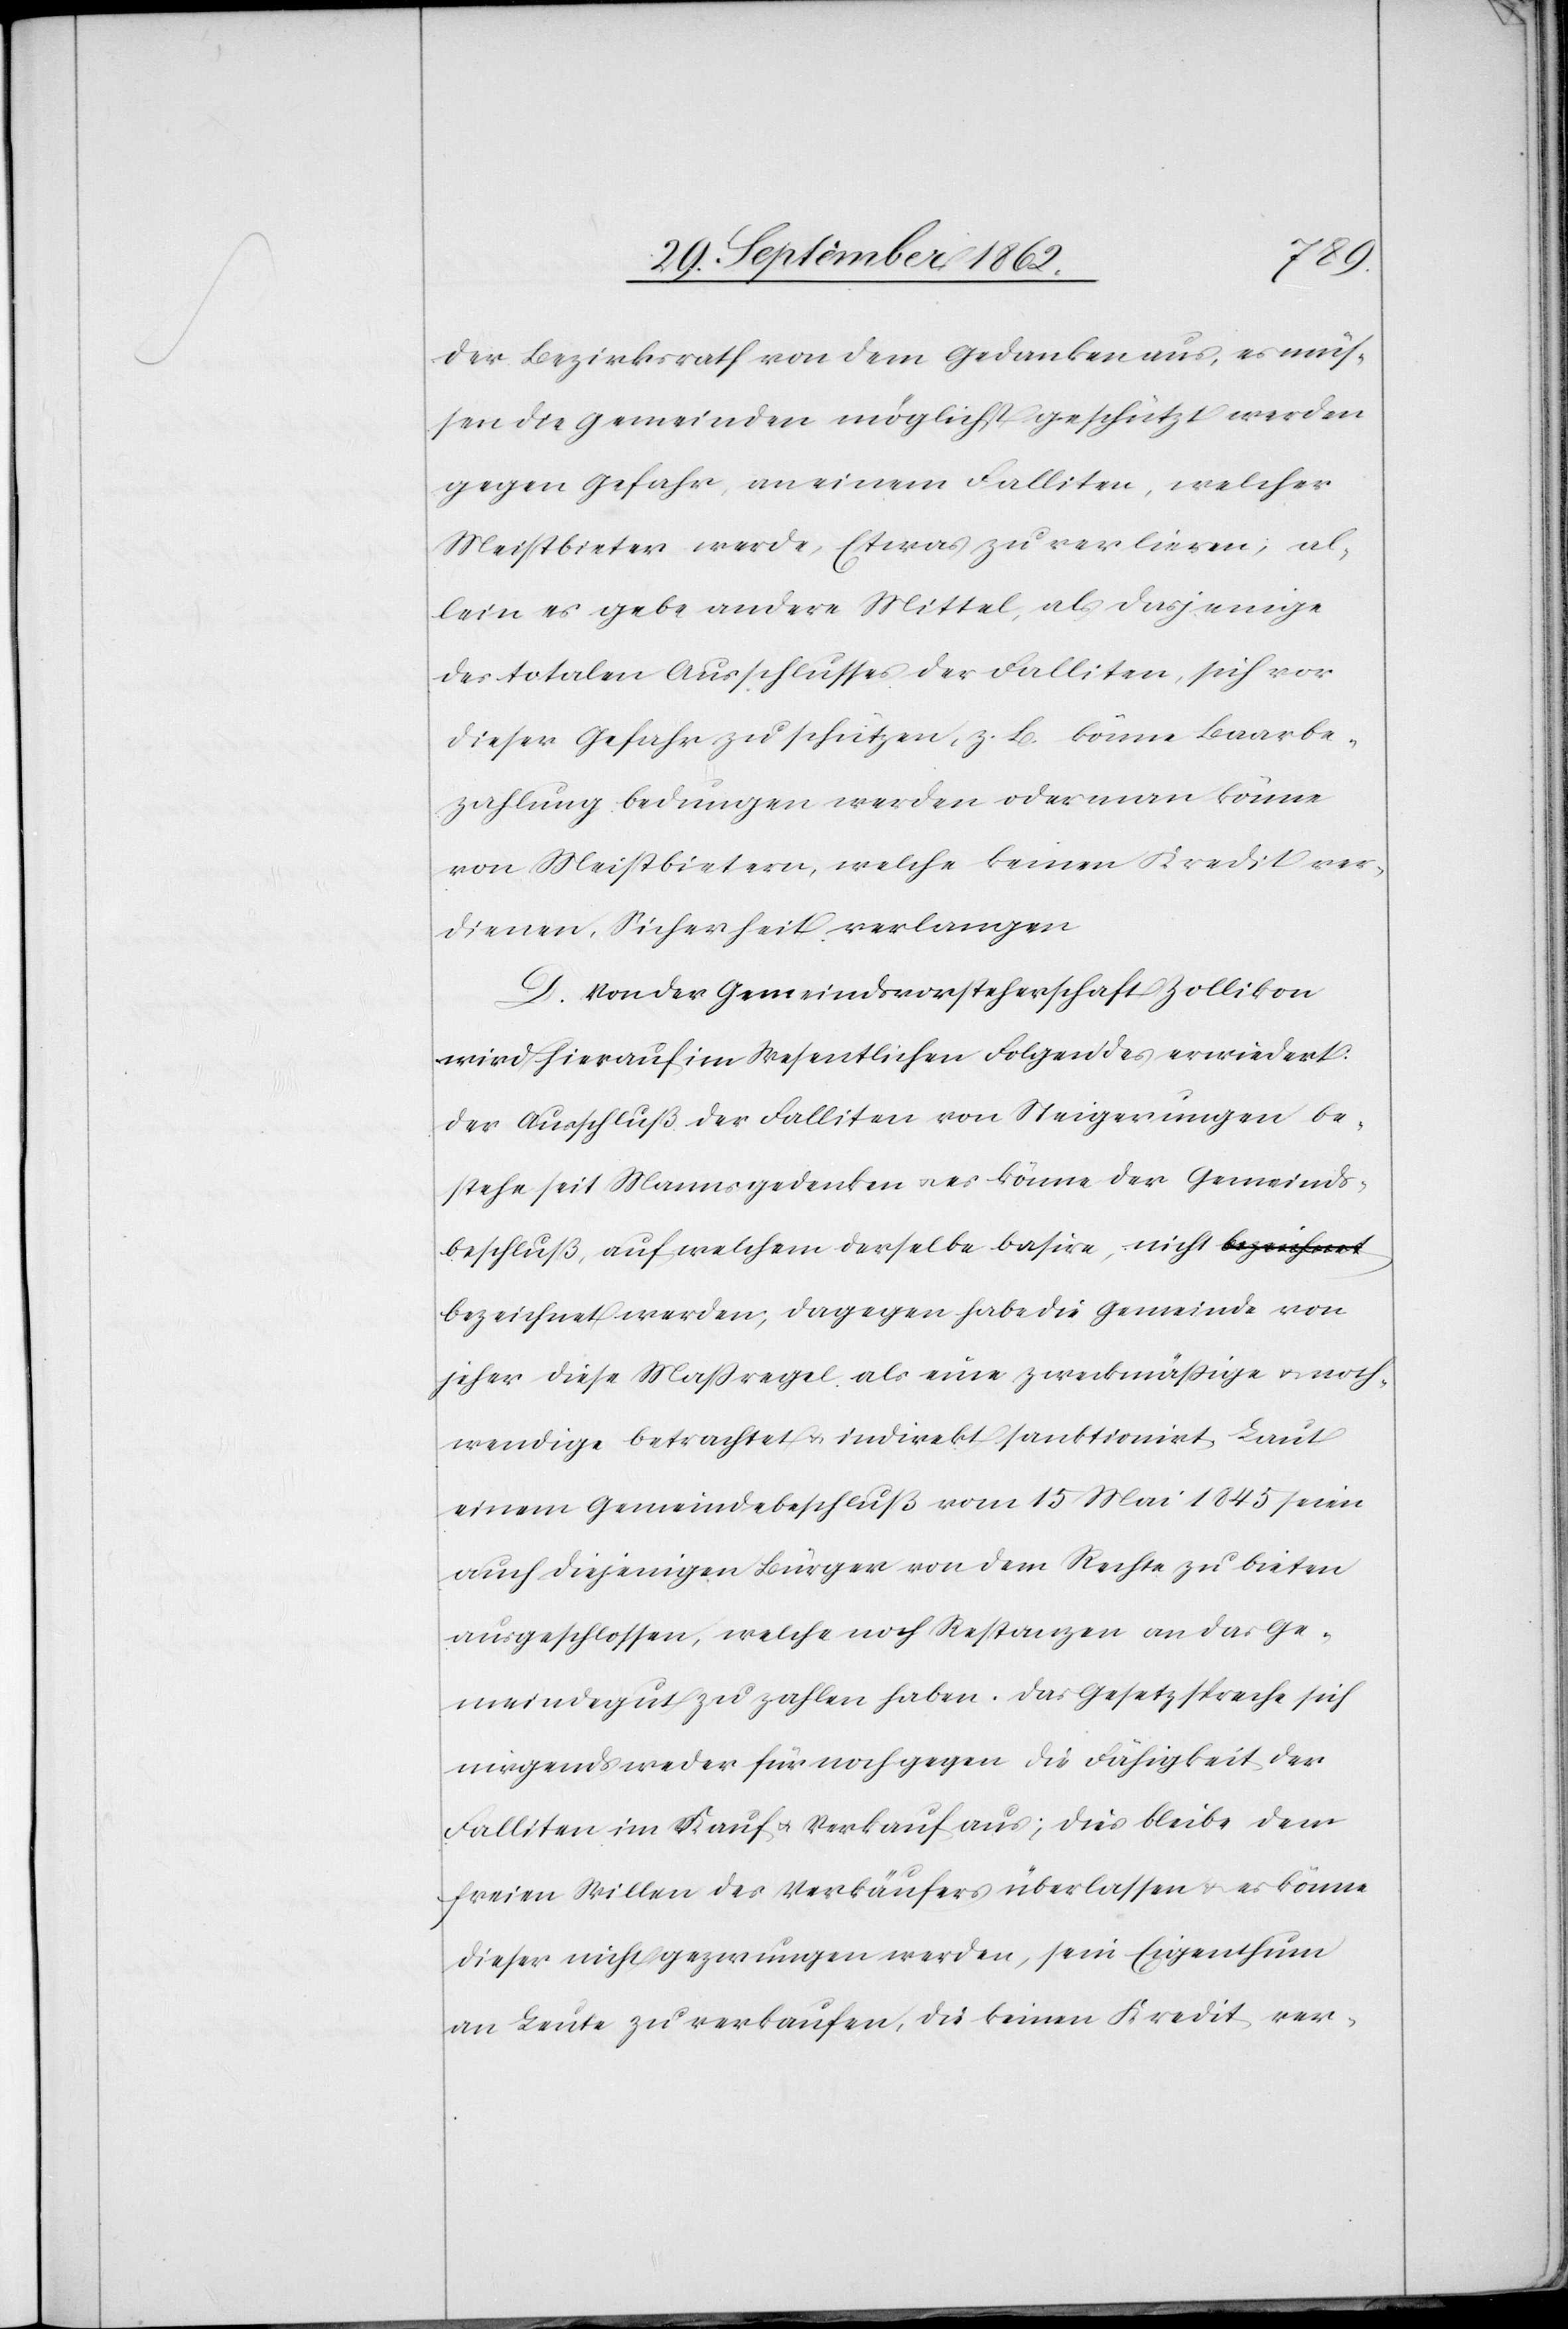
der Bezirksrath von dem Gedanken aus, es müs¬
sen die Gemeinde möglichst geschützt werden
gegen Gefahr, an einem Falliten, welcher
Meistbieter werde, Etwas zu verlieren; al¬
lein es gebe andere Mittel, als dasjenige
des totalen Ausschlusses der Falliten, sich vor
dieser Gefahr zu schützen, z. B. könne Baarbe¬
zahlung bedungen werden oder man könne
von Meistbietern, welche keinen Kredit ver¬
dienen, Sicherheit verlangen.
D. Von der Gemeindsvorsteherschaft Zollikon
wird hierauf im Wesentlichen Folgendes erwiedert:
Der Ausschluß der Falliten von Steigerungen be¬
stehe seit Mannsgedenken u. es könne der Gemeinds¬
beschluß, auf welchem derselbe basire, nicht bezeichnet
jeher diese Maßregel als eine zweckmäßige u. noth¬
wendige betrachtet u. indirekt sanktionirt. Laut
einem Gemeindebeschluß vom 15. Mai 1845 seien
auch diejenigen Bürger von dem Rechte zu bieten
ausgeschlossen, welche noch Restanzen an das Ge¬
meindegut zu zahlen haben. Das Gesetz spreche sich
nirgends weder für noch gegen die Fähigkeit der
Falliten im Kauf u. Verkauf aus; dies bleibe dem
freien Willen des Verkäufers überlassen u. es könne
dieser nicht gezwungen werden, sein Eigenthum
an Leute zu verkaufen, die keinen Kredit ver-